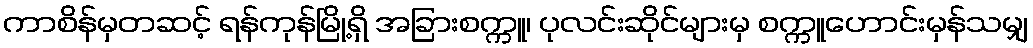
ကာစိန်မှတဆင့် ရန်ကုန်မြို့ရှိ အခြားစက္ကူ၊ ပုလင်းဆိုင်များမှ စက္ကူဟောင်းမှန်သမျှ